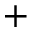
+